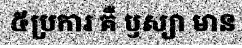
៥ប្រការ គឺ ឫស្យា មាន